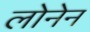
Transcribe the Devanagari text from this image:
लोनेन